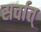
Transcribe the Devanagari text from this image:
सर्वात्